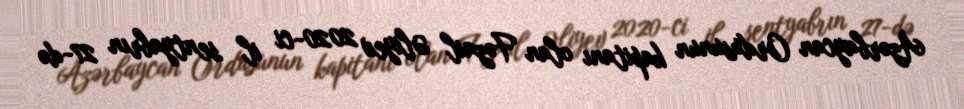
Azərbaycan Ordusunun kapitanı olan Fəzail Əliyev 2020-ci il sentyabrın 27-də